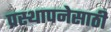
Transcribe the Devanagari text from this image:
प्रस्थापनेसाठी